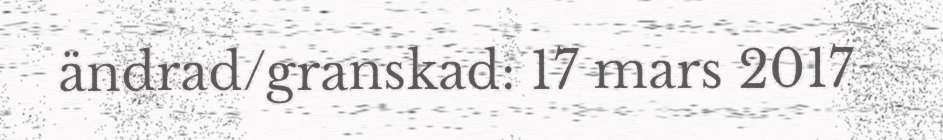
ändrad/granskad: 17 mars 2017